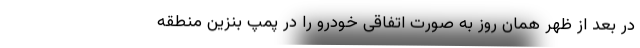
در بعد از ظهر همان روز به صورت اتفاقی خودرو را در پمپ بنزین منطقه